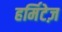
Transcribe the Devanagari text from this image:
हर्मिटेज़